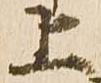
上